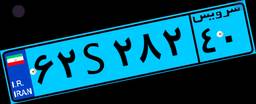
۳۱S۳۰۶۶۲